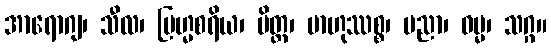
အာရောဂျ၊ သီလ၊ ဗြဟ္မစရိယ၊ မိတ္တ၊ ဗာဟုဿစ္စ၊ ပညာ၊ ဓမ္မ၊ သဂ္ဂ။